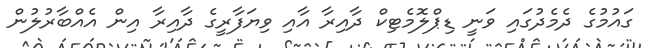
ގައުމުގެ ދެމެދުގައި ވަނީ ޑިޕްލޮމެޓިކް ދާއިރާ އާއި ވިޔަފާރީގެ ދާއިރާ އިން އެއްބާރުލުން